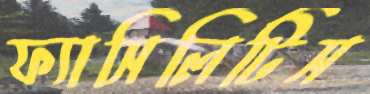
ফ্যাসিলিটিস